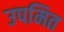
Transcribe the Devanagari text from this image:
उपमित